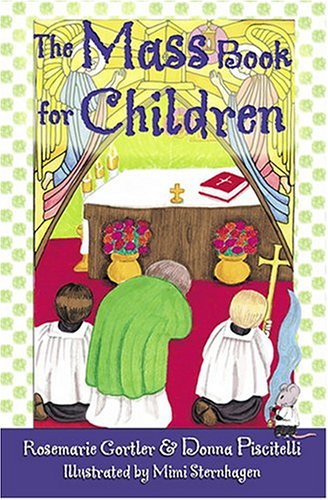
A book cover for The Mass Book for Children; Donna Piscitelli; Christian Books & Bibles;